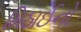
મિઠાઈનો